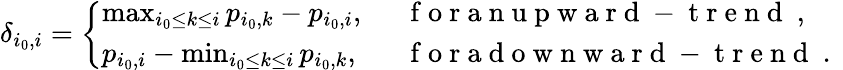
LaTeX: \delta_{i_{0},i}=\left\{ \begin{array}{ll}{\operatorname*{max}_{i_{0}\leq k\leq i}p_{i_{0},k}-p_{i_{0},i},}&{\mathrm{~\textrm~{~f~o~r~a~n~u~p~w~a~r~d~-~t~r~e~n~d~}~},}\\ {p_{i_{0},i}-\operatorname*{min}_{i_{0}\leq k\leq i}p_{i_{0},k},}&{\mathrm{~\textrm~{~f~o~r~a~d~o~w~n~w~a~r~d~-~t~r~e~n~d~}~.~}}\end{array}\right.